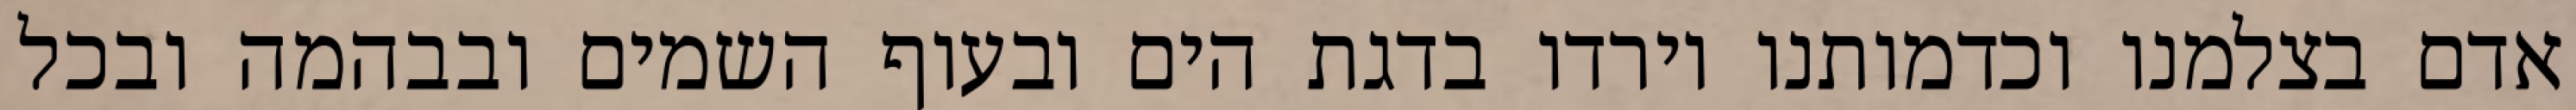
אדם בצלמנו וכדמותנו וירדו בדגת הים ובעוף השמים ובבהמה ובכל